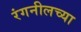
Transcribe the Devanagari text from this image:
रंगनीलच्या